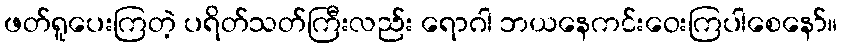
ဖတ်ရူပေးကြတဲ့ ပရိတ်သတ်ကြီးလည်း ရောဂါ ဘယနေကင်းဝေးကြပါစေနော်။